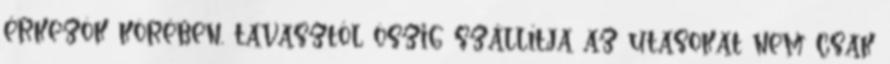
érkezôk körében, tavasztól ôszig szállítja az utasokat nem csak